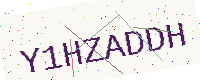
Text: Y1HZADDH